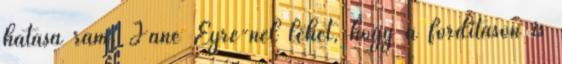
hatása rám. Jane Eyre-nél lehet, hogy a fordításon is